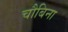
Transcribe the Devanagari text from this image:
चौबिना